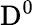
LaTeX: \mathrm{D}^{0}